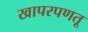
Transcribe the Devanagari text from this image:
खापरपणतू